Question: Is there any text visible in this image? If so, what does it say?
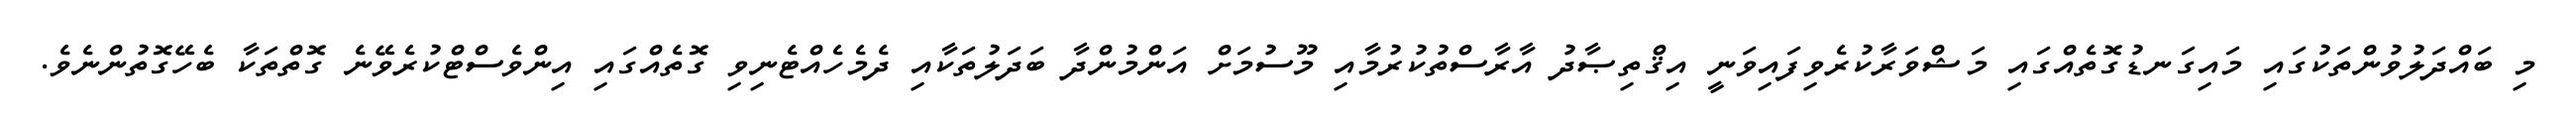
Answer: މި ބައްދަލުވުންތަކުގައި މައިގަނޑުގޮތެއްގައި މަޝްވަރާކުރެވިފައިވަނީ އިޤްތިޞާދު އާރާސްތުކުރުމާއި މޫސުމަށް އަންމުންދާ ބަދަލުތަކާއި ދެމެހެއްޓެނިވި ގޮތެއްގައި އިންވެސްޓްކުރެވޭނެ ގޮތްތަކާ ބެހޭގޮތުންނެވެ.